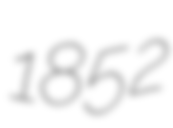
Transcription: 1852